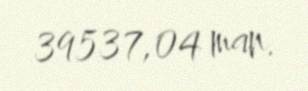
39537,04 man.